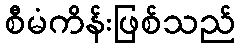
စီမံကိန်းဖြစ်သည်